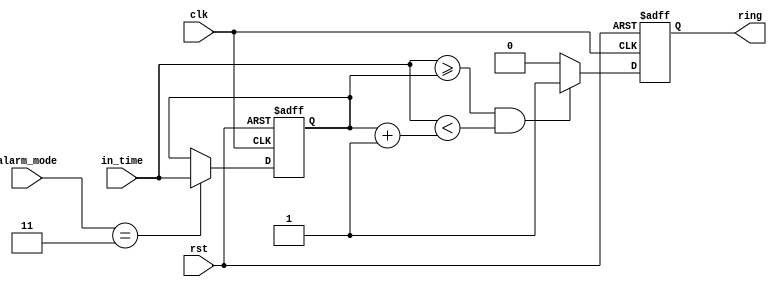

module alarm(input clk, input rst, input [1:0] alarm_mode, input [15:0] in_time, output reg ring);

//in_time/out_time hhhh_hhhh_mmmm_mmmm
//clk: mclk, rst: rst, alarm_mode: clk_mode, {in_time, 8'h00}: timebuffer, ring: buzzer 
//alarm_mode == 3, in_time is set as time_alarm
//Alarm is not sensitive to seconds
//ring is high when in_time == time_alarm for one minute

  reg [15:0] time_alarm; //stores the alarm time

  //set alarm time
  always@(posedge clk or posedge rst)
    begin
      if(rst)
        begin
          time_alarm <= 16'd0; 
          ring <= 1'b0;
        end
      else
        begin
          time_alarm <= (alarm_mode == 2'b11) ? in_time : time_alarm;
          ring <= ((in_time >= time_alarm) && (in_time < time_alarm + 16'h0001)) ? 1 : 0; 
        end
    end
endmodule//alarm